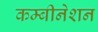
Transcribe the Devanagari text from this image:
कम्बीनेशन